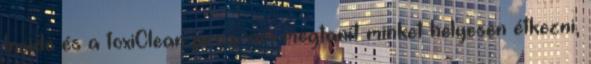
Inside és a toxiClean program megtanít minket helyesen étkezni,